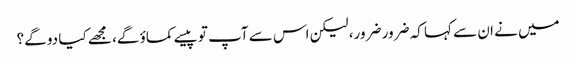
میں نے ان سے کہا کہ ضرور ضرور، لیکن اس سے آپ تو پیسے کماؤ گے، مجھے کیا دو گے؟